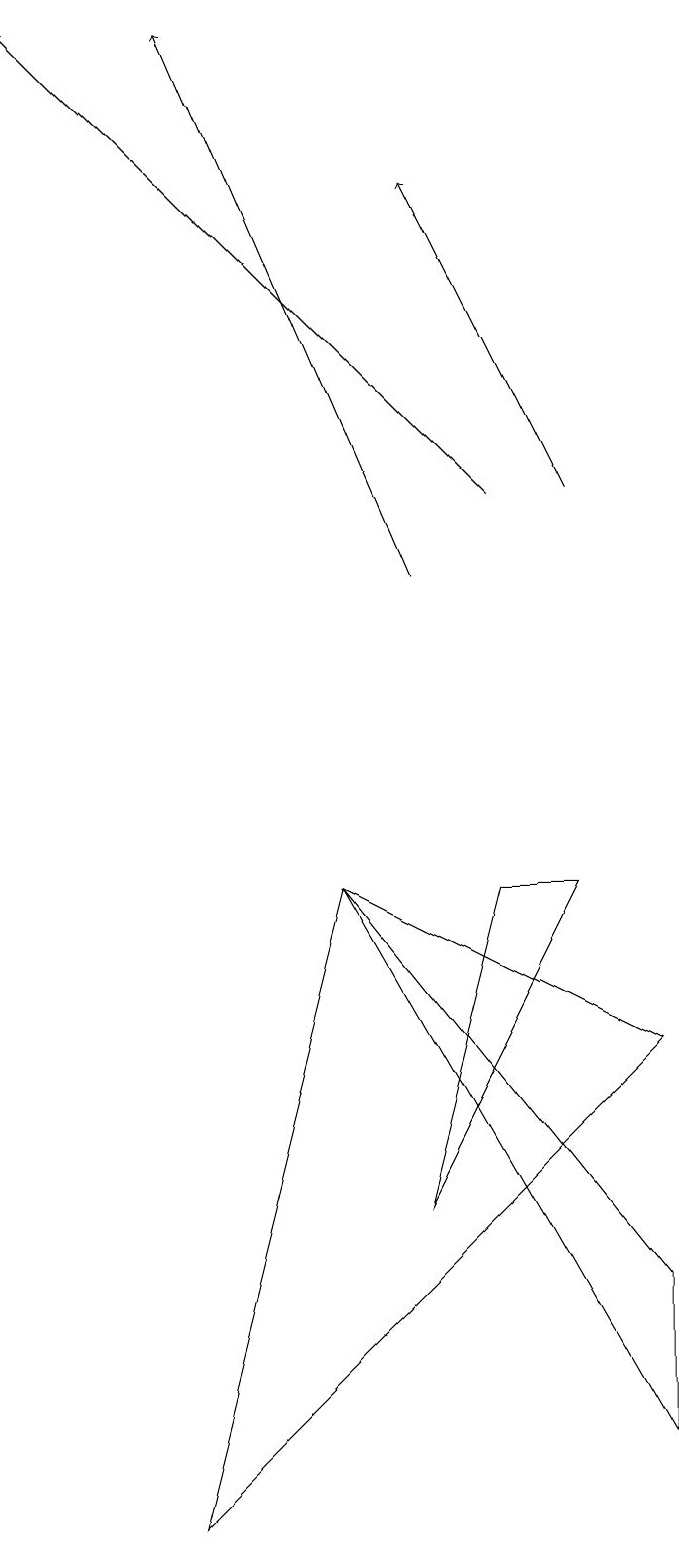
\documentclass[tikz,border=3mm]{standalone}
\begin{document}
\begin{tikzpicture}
\draw[->] (5,12) -- (2,19);
\draw[->] (7,13) -- (5,17);
\draw (8,3) -- (4,8) -- (8,1) -- cycle;
\draw (6,8) -- (5,4) -- (7,8) -- cycle;
\draw (8,6) -- (4,8) -- (2,0) -- cycle;
\draw[->] (6,13) -- (0,19);
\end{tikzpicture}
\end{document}